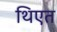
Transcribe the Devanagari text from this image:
थिएत